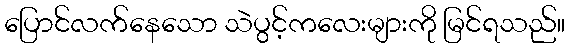
ပြောင်လက်နေသော သဲပွင့်ကလေးများကို မြင်ရသည်။